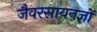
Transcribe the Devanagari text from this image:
जैवरसायनज्ञों